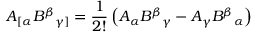
A _ { [ \alpha } B ^ { \beta } { } _ { \gamma ] } = { \frac { 1 } { 2 ! } } \left( A _ { \alpha } B ^ { \beta } { } _ { \gamma } - A _ { \gamma } B ^ { \beta } { } _ { \alpha } \right)